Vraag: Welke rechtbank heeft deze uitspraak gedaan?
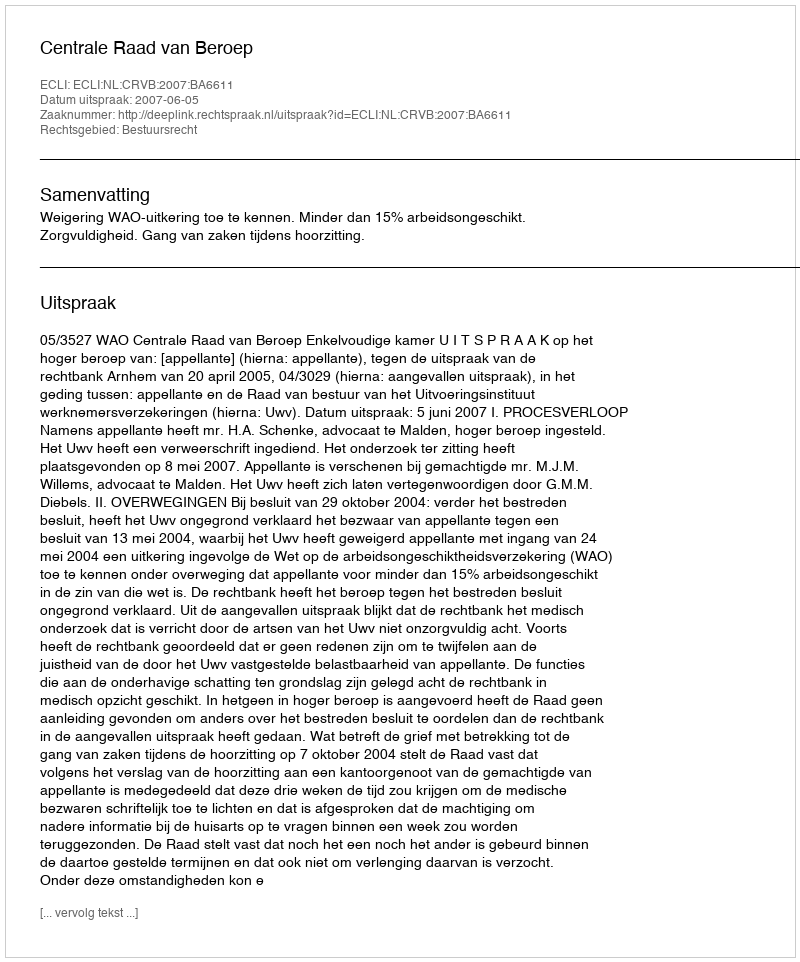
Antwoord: Centrale Raad van Beroep